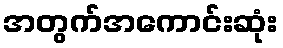
အတွက်အကောင်းဆုံး